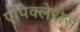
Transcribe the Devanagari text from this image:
एपिक्लेरोस